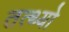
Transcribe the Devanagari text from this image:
तत्थ्यो